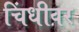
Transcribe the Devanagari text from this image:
चिंधीवर